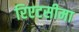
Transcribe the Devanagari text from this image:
रिएटसीमा